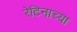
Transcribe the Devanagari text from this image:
रेटिनाच्या